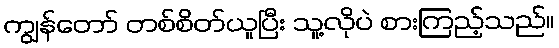
ကျွန်တော် တစ်စိတ်ယူပြီး သူ့လိုပဲ စားကြည့်သည်။